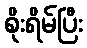
စိုးရိမ်ပြီး